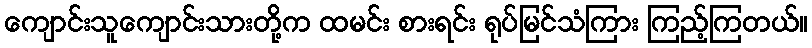
ကျောင်းသူကျောင်းသားတို့က ထမင်း စားရင်း ရုပ်မြင်သံကြား ကြည့်ကြတယ်။